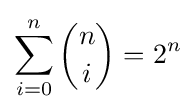
\sum _{i=0}^{n}{n \choose i}=2^{n}